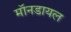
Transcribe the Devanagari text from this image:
मॉनडायल